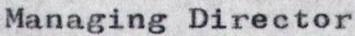
Managing Director